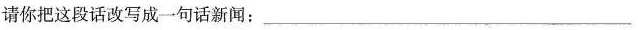
请你把这段话改写成一句话新闻：___